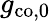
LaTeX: g_{\mathrm{co,0}}